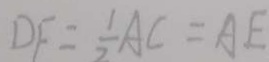
D F = \frac { 1 } { 2 } A C = A E